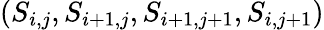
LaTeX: (S_{i,j},S_{i+1,j},S_{i+1,j+1},S_{i,j+1})